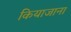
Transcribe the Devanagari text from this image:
कियाजाना